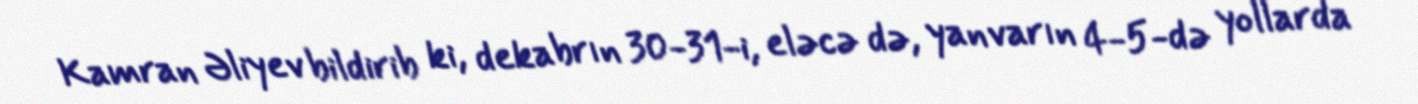
Kamran Əliyev bildirib ki, dekabrın 30-31-i, eləcə də, yanvarın 4-5-də yollarda